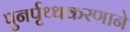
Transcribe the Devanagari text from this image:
पुनर्पृथ्थकरणाने